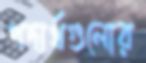
পদার্থগুলোর